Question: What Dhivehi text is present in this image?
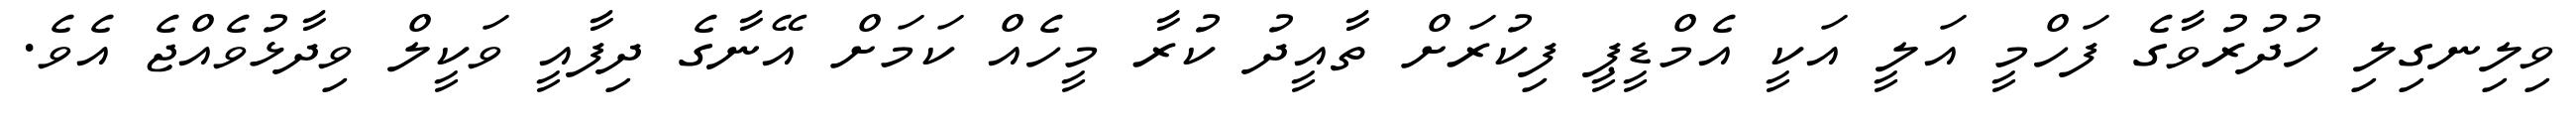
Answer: ވިލިނގިލި ހުދުރުވާގެ ފަހްމީ އަލީ އަކީ އެމްޑީޕީ ފިކުރަށް ތާއީދު ކުރާ މީހެއް ކަމަށް އޭނާގެ ދިފާއީ ވަކީލް ވިދާޅުވެއްޖެ އެވެ.